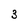
Character: 3